Vaccination in Burma 1889-1999 - 1889-1999
Year: 1889
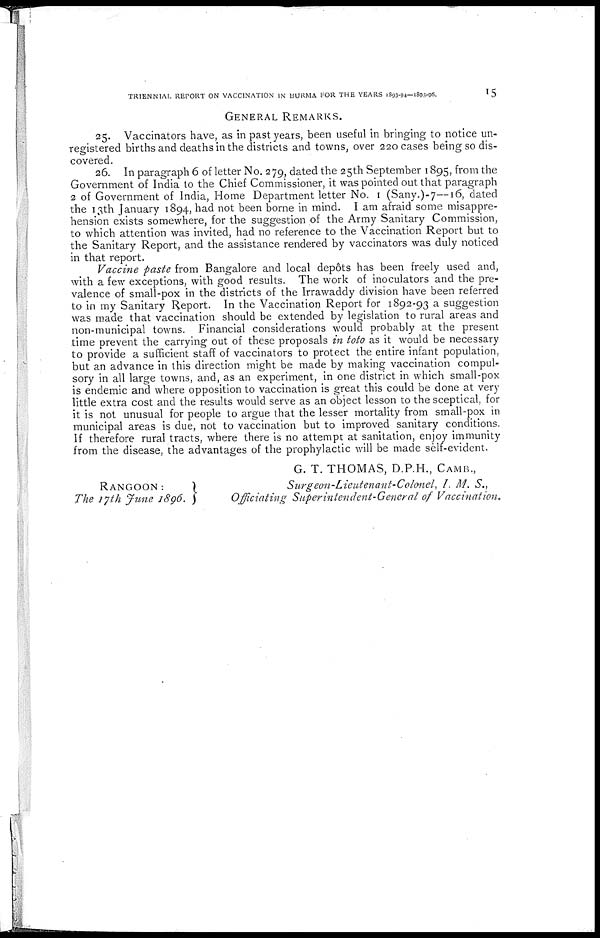
TRIENNIAL REPORT ON VACCINATION IN BURMA FOR THE YEARS 1893-94—1895-96.
15
GENERAL REMARKS.
25. Vaccinators have, as in past years, been useful in bringing to notice un-
registered births and deaths in the districts and towns, over 220 cases being so dis-
covered.
26. In paragraph 6 of letter No. 279, dated the 25th September 1895, from the
Government of India to the Chief Commissioner, it was pointed out that paragraph
2 of Government of India, Home Department letter No. 1 (Sany.)-7—16, dated
the 13th January 1894, had not been borne in mind. I am afraid some misappre-
hension exists somewhere, for the suggestion of the Army Sanitary Commission,
to which attention was invited, had no reference to the Vaccination Report but to
the Sanitary Report, and the assistance rendered by vaccinators was duly noticed
in that report.
Vaccine paste from Bangalore and local depôts has been freely used and,
with a few exceptions, with good results. The work of inoculators and the pre-
valence of small-pox in the districts of the Irrawaddy division have been referred
to in my Sanitary Report. In the Vaccination Report for 1892-93 a suggestion
was made that vaccination should be extended by legislation to rural areas and
non-municipal towns. Financial considerations would probably at the present
time prevent the carrying out of these proposals in toto as it would be necessary
to provide a sufficient staff of vaccinators to protect the entire infant population,
but an advance in this direction might be made by making vaccination compul-
sory in all large towns, and, as an experiment, in one district in which small-pox
is endemic and where opposition to vaccination is great this could be done at very
little extra cost and the results would serve as an object lesson to the sceptical, for
it is not unusual for people to argue that the lesser mortality from small-pox in
municipal areas is due, not to vaccination but to improved sanitary conditions.
If therefore rural tracts, where there is no attempt at sanitation, enjoy immunity
from the disease, the advantages of the prophylactic will be made self-evident.
RANGOON:
The 17th June 1896.
G. T. THOMAS, D.P.H., CAMB.,
Surgeon-Lieutenant-Colonel, I. M. S.,
Officiating Superintendent-General of Vaccination.